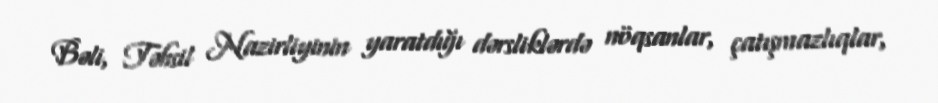
Bəli, Təhsil Nazirliyinin yaratdığı dərsliklərdə nöqsanlar, çatışmazlıqlar,